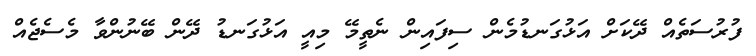
ފުރުސަތެއް ދޭކަށް އަޅުގަނޑުމެން ސިފައިން ނެތީމޭ މިއީ އަޅުގަނޑު ދޭން ބޭނުންވާ މެސެޖެއް